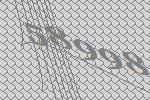
58998